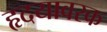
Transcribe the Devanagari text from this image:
हृदयावरक